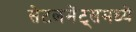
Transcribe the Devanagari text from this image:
सेटलमेंट्‌समध्ये